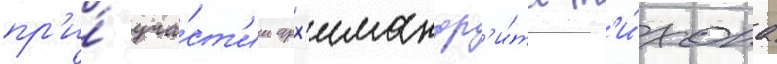
пр'и́ уча́ст'ии арх'имандр'и́та т'и́хона